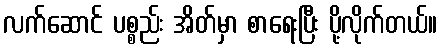
လက်ဆောင် ပစ္စည်း အိတ်မှာ စာရေးပြီး ပို့လိုက်တယ်။